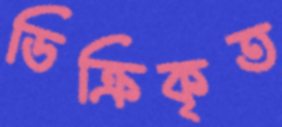
ডিক্রিকৃত